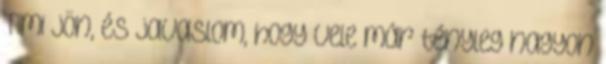
Timi jön, és javaslom, hogy vele már tényleg nagyon